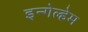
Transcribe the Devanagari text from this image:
इन्गेल्हेम